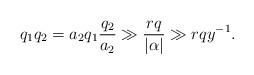
LaTeX: \begin{align*}q_1q_2=a_2q_1\frac{q_2}{a_2}\gg\frac{rq}{\vert \alpha\vert }\gg rqy^{-1}.\end{align*}